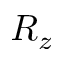
R _ { z }